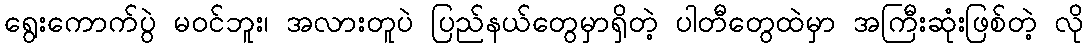
ရွေးကောက်ပွဲ မဝင်ဘူး၊ အလားတူပဲ ပြည်နယ်တွေမှာရှိတဲ့ ပါတီတွေထဲမှာ အကြီးဆုံးဖြစ်တဲ့ လို